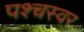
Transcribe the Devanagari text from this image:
पश्चस्वर